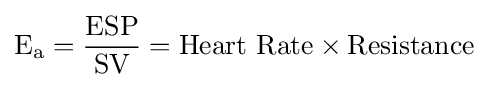
{\text{E}}_{\text{a}}={\frac {\text{ESP}}{\text{SV}}}={\text{Heart Rate}}\times {\text{Resistance}}